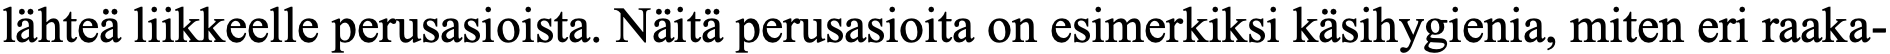
lähteä liikkeelle perusasioista. Näitä perusasioita on esimerkiksi käsihygienia, miten eri raaka-